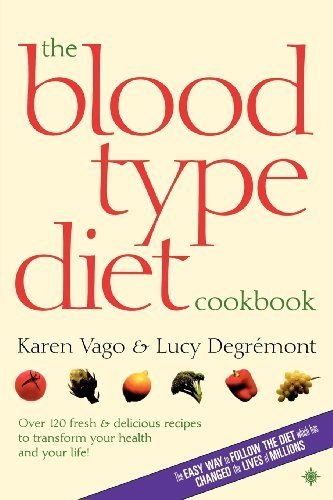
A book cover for The Blood Type Diet Cookbook by Vago, Karen, Degremont, Lucy (2009) Paperback; Karen, Degremont, Lucy Vago; Health, Fitness & Dieting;